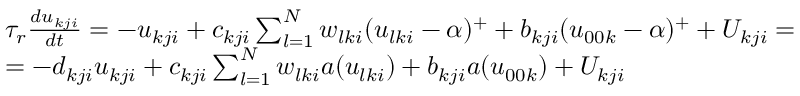
\begin{array} { r l } & { \tau _ { r } \frac { d u _ { k j i } } { d t } = - u _ { k j i } + c _ { k j i } \sum _ { l = 1 } ^ { N } w _ { l k i } ( u _ { l k i } - \alpha ) ^ { + } + b _ { k j i } ( u _ { 0 0 k } - \alpha ) ^ { + } + U _ { k j i } = } \\ & { = - d _ { k j i } u _ { k j i } + c _ { k j i } \sum _ { l = 1 } ^ { N } w _ { l k i } a ( u _ { l k i } ) + b _ { k j i } a ( u _ { 0 0 k } ) + U _ { k j i } } \end{array}